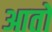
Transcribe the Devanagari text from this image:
आतो